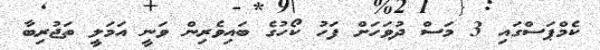
ކެމްޕަސްގައި 3 މަސް ދުވަހަށް ފަހު ކޯހުގެ ބައިވެރިން ވަނީ އަމަލީ ތަޖުރިބާ